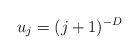
LaTeX: \begin{align*}u_j=(j+1)^{-D}\end{align*}